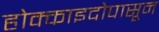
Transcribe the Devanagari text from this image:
होक्काइदोपासून